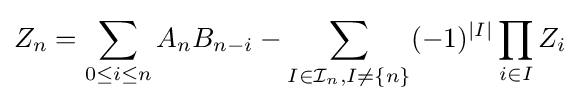
Z_{n}=\sum _{0\leq i\leq n}A_{n}B_{n-i}-\sum _{I\in {\mathcal {I}}_{n},I\neq \{n\}}(-1)^{|I|}\prod _{i\in I}{Z_{i}}